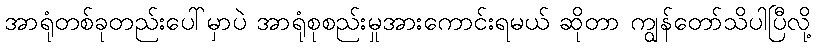
အာရုံတစ်ခုတည်းပေါ်မှာပဲ အာရုံစုစည်းမှုအားကောင်းရမယ် ဆိုတာ ကျွန်တော်သိပါပြီလို့